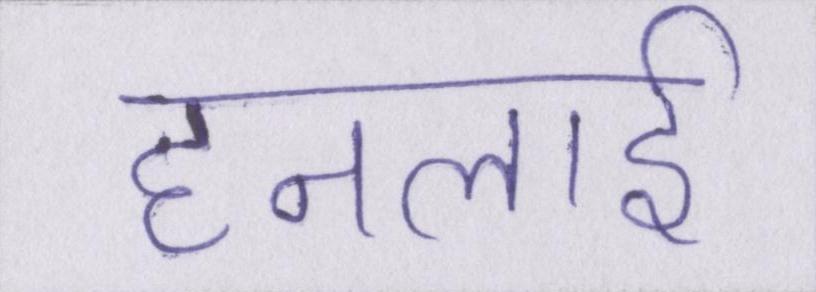
हनलाई